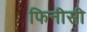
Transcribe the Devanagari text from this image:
फिनीसी